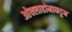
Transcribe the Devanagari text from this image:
ओक्लाहोमाकडून